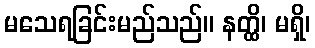
မသေရခြင်းမည်သည်။ နတ္ထိ၊ မရှိ၊